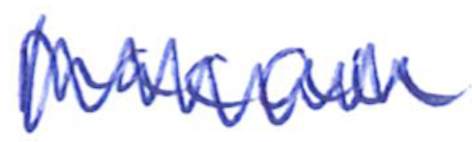
Text: Macau
Cross-out: zig-zag
Writing tool: ballpoint